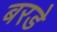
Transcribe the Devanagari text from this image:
बरडे